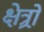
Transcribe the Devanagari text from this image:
क्षेत्र्रों